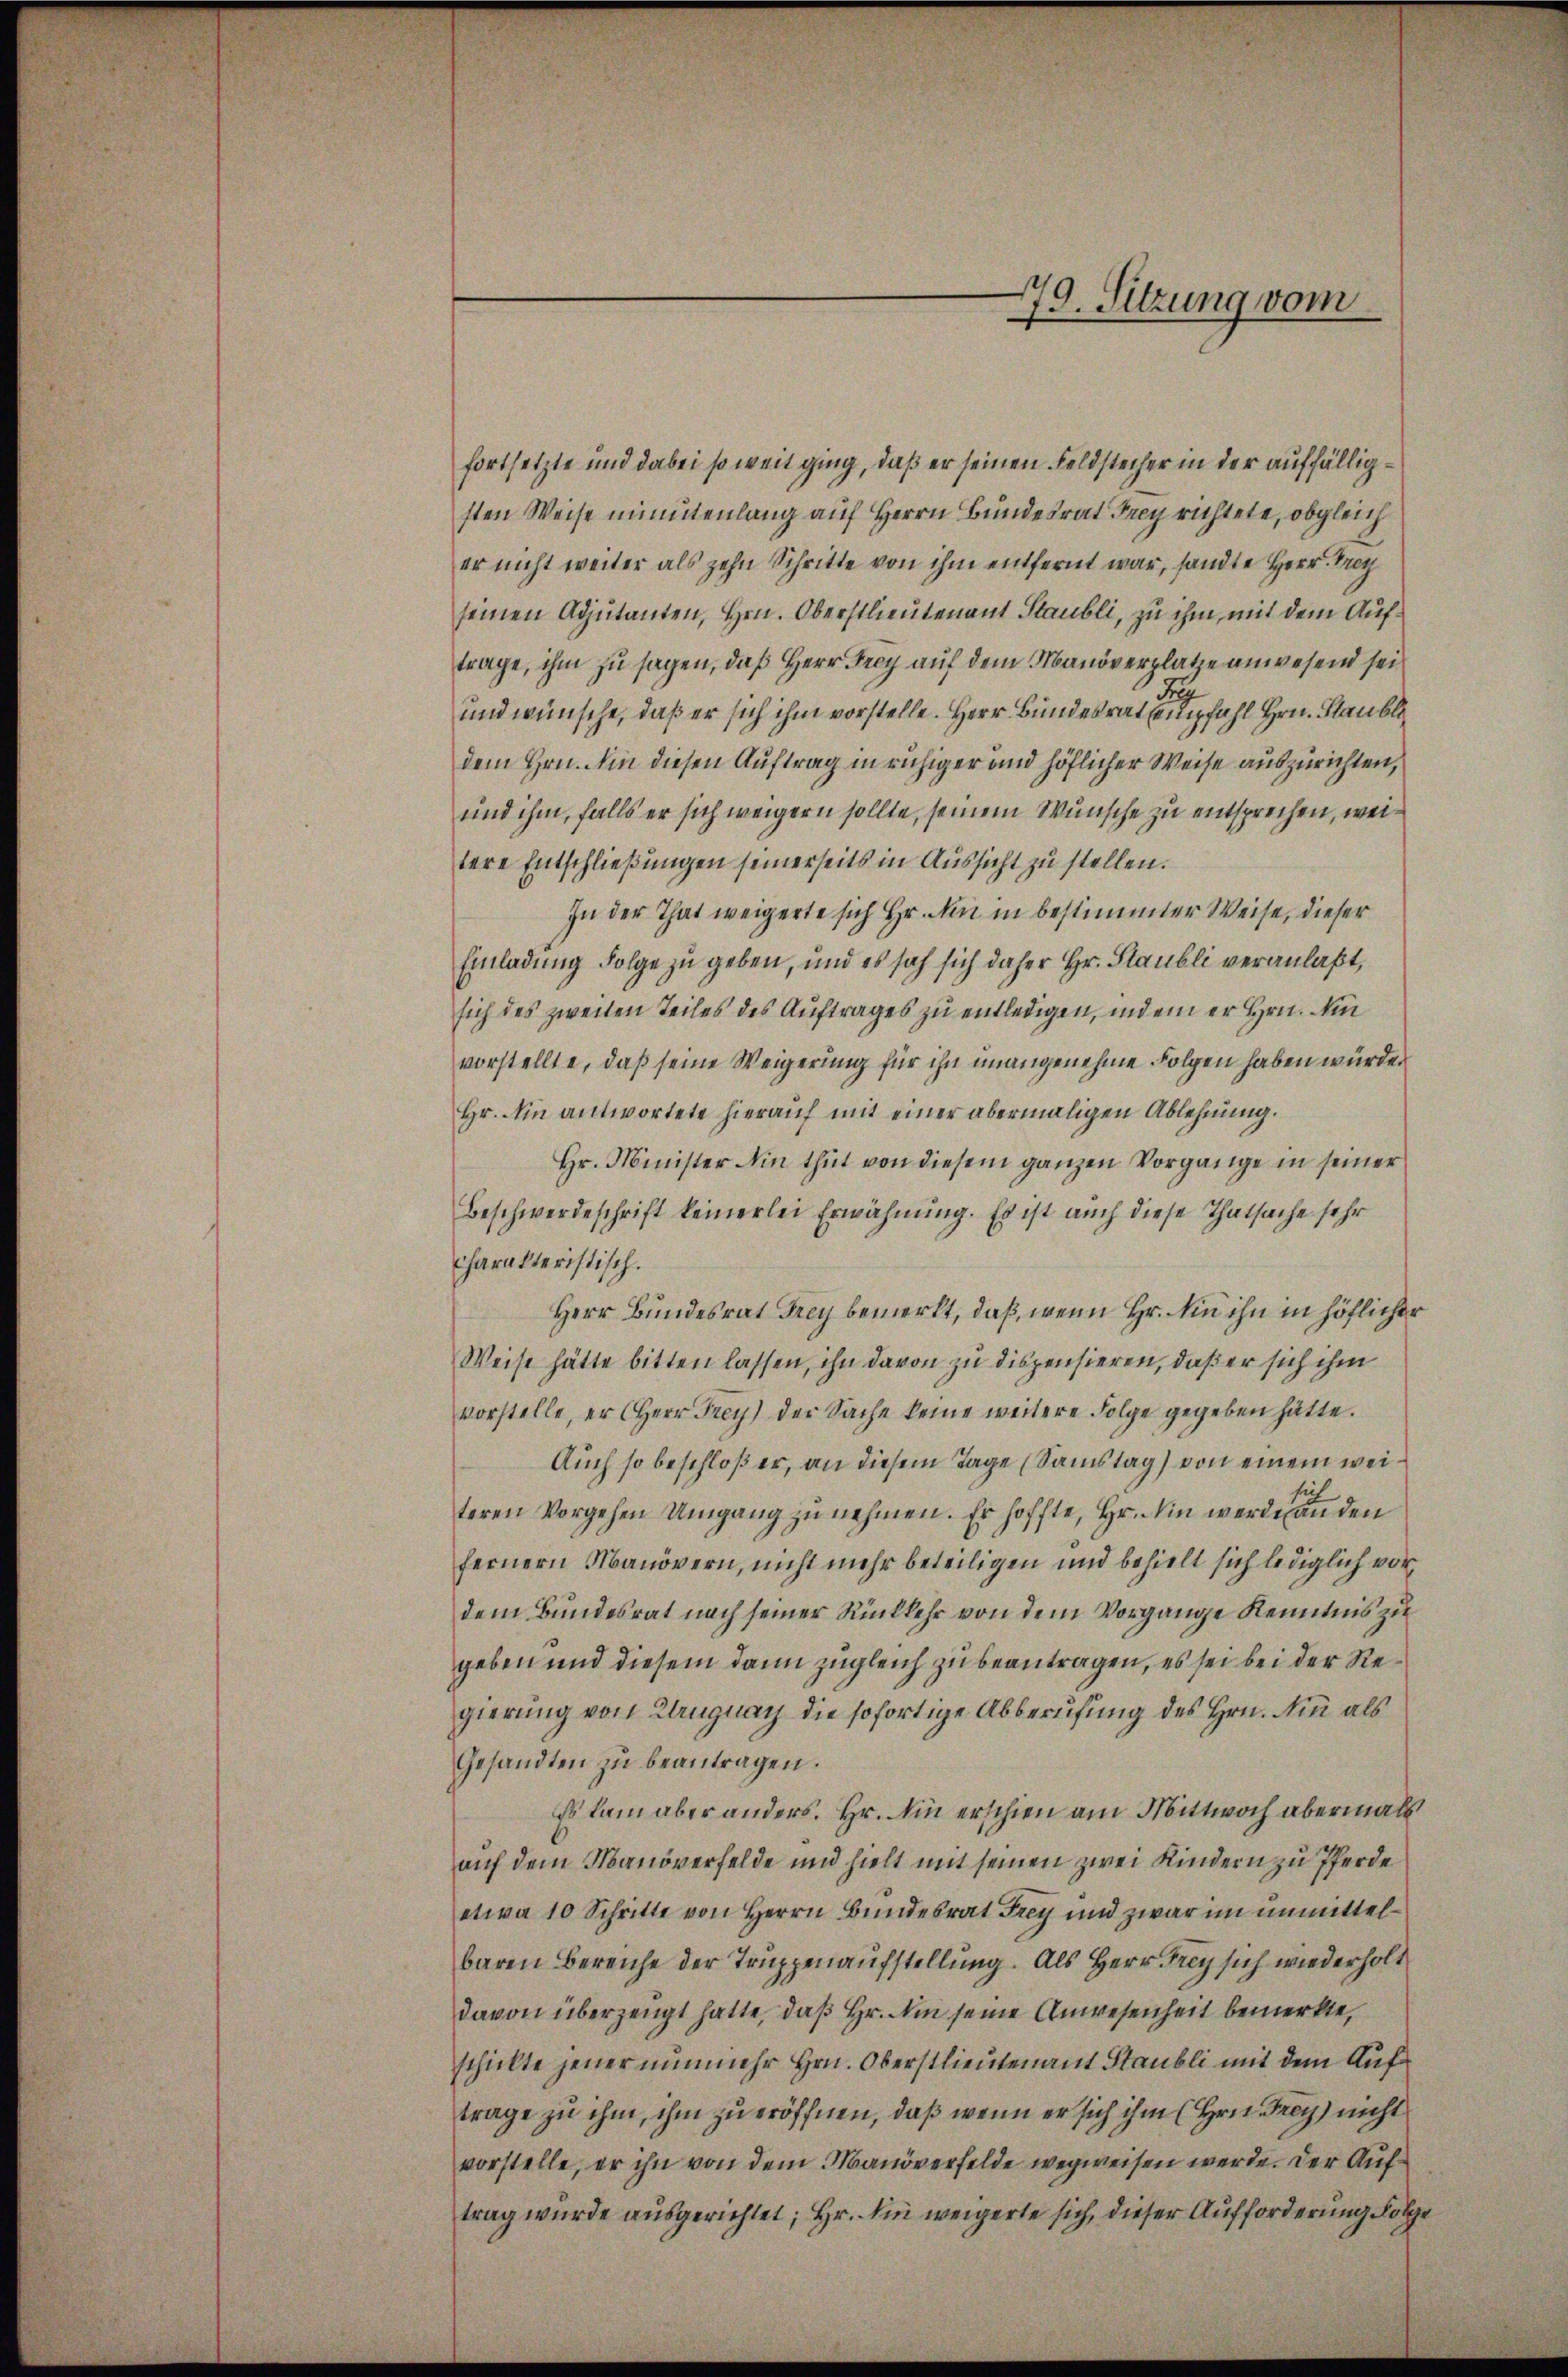
79. Sitzung vom

fortsetzte und dabei so weit ging, daß er seinen Feldstecher in der auffälligsten Weise minutenlang auf Herrn Bundesrat Frey richtete, obgleich
er nicht weiter als zehn Schritte von ihm entfernt war, sandte Herr Drey
seinen Adjutanten, Hrn. Oberstlieutenant Staubli, zu ihm, mit dem Auftrage, ihm zu sagen, daß Herr Frey auf dem Manöverplatze anwesend sei
und wünsche, daß er sich ihm vorstelle. Herr Bundesrathempfahl Hrn. Glaubli
dem Hrn. Am diesen Auftrag in ruhiger und höflicher Weise auszurichten,
und ihm, falls er sich weigern sollte, seinem Wunsche zu entsprechen, weitere Entschließungen seinerseits in Aussicht zu stellen.
In der That weigerte sich Hr. Nun in bestimmter Weise, dieser
Einladung Folge zu geben, und es sah sich daher Hr. Staubli veranlaßt,
sich des zweiten Teiles des Auftrages zu entledigen, indem er Hrn. Min
vorstellte, daß seine Weigerung für ihn unangenehme Folgen haben würde.
Hr. Ain antwortete hierauf mit einer abermaligen Ablehnung.
Hr. Minister ain thut von diesem ganzen Vorgänge in seiner
Beschwerdeschrift keinerlei Erwähnung. Es ist auch diese Thatsache sehr
charakteristisch.
Herr Bundesrat Frey bemerkt, daß, wenn Hr. in ihn in höflicher
Weise hätte bitten lassen, ihn davon zu dispensieren, daß er sich ihm
vorstelle, er (Herr Frey) der Sache keine weitere Folge gegeben hätte.
Auch so beschloß er, an diesem Tage (Samstag) von einem weiteren Vorgehen Umgang zu nehmen. Er hoffte, Hr. Ein werde an den
fernern Manövern, nicht mehr beteiligen und behielt sich lediglich vordem Bundesrat nach seiner Rückkehr von dem Vorgange Kenntnis zu
geben und diesem dann zugleich zu beantragen, es sei bei der Regierung von Klugnach die sofortige Abberufung des Hrn. Nun als
Gesandten zu beantragen.
Es kam aber anders. Hr. Ain erschien am Mittwoch abermals
auf dem Manöverfelde und hielt mit seinen zwei Kindern zu Pferde
etwa 10 Schritte von Herrn Bundesrat Frey und zwar im unmittelbaren Bereiche der Truppenaufstellung. Als Herr Frey sich wiederholt
davon überzeugt hatte, daß Hr. Am seine Anwesenheit bemerkte,
schielte jener nunmehr Hrn. Oberstlieutenant Staubli mit dem Auftrage zu ihm, ihm zu eröffnen, daß wenn er sich ihm (Hrn. Frey nicht
vorstelle, er ihn von dem Manöverfelde wegweisen werde. Der Auftrag wurde ausgerichtet; Hr. Sie weigerte sich, dieser Aufforderung Folge